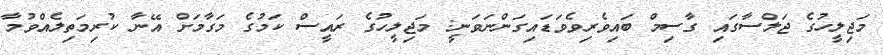
މަޖިލީހުގެ ޖަލްސާގައި ގާސިިމް ބައިވެރިވެވަޑައިގަންނަވަނީ: މަޖިލީހުގެ ރައީސް ކަމުގެ މަގާމަށް އޭނާ ކުރިމަތިލެއްވުމާ